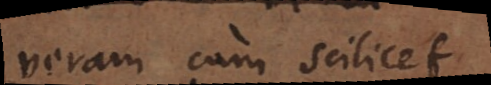
veram cum scilicet